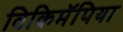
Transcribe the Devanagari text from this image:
विकिमॅपिया